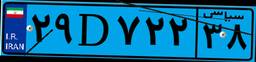
۲۹D۷۲۲۳۸